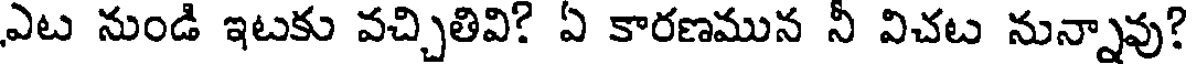
ఎట నుండి ఇటకు వచ్చితివి? ఏ కారణమున నీ విచట నున్నావు?